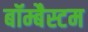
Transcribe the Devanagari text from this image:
बॉम्बैस्टम